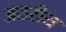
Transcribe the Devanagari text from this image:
अठरीय